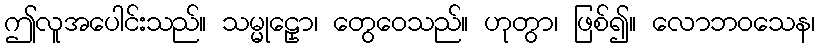
ဤလူအပေါင်းသည်။ သမ္မုဠှော၊ တွေဝေသည်။ ဟုတွာ၊ ဖြစ်၍။ လောဘဝသေန၊